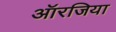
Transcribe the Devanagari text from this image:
ऑरजिया